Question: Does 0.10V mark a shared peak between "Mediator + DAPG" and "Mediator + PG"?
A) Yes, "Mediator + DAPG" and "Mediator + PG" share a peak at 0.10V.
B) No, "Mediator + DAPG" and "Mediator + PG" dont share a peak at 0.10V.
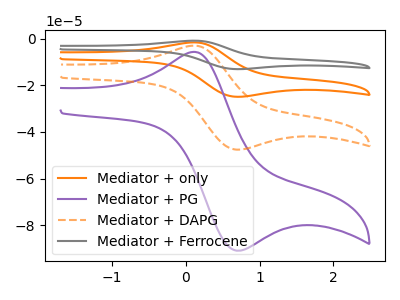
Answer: <think>The orange curve "Mediator + only" has an anodic peak at (0.10V, -5.90uA) and a cathodic peak at (0.70V, -95.20uA). The purple curve "Mediator + PG" has an anodic peak at (0.10V, -5.65uA) and a cathodic peak at (0.70V, -90.95uA). The orange dashed curve "Mediator + DAPG" has an anodic peak at (0.10V, -2.95uA) and a cathodic peak at (0.70V, -47.60uA). The gray curve "Mediator + Ferrocene" has an anodic peak at (0.10V, -8.85uA) and a cathodic peak at (0.70V, -142.80uA).</think>
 <answer>A) Yes, "Mediator + DAPG" and "Mediator + PG" share a peak at 0.10V.</answer>
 <eval>A</eval>